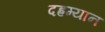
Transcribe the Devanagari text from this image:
दह्रम्यान